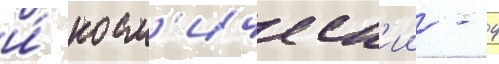
и́ косм'ическ'ии - 4